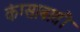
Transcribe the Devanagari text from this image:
कंग्साबाती